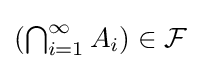
{\textstyle (\bigcap _{i=1}^{\infty }A_{i})\in {\mathcal {F}}}